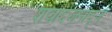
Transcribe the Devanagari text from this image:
शेवार्दजनाद्जे